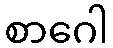
စာဂေါ